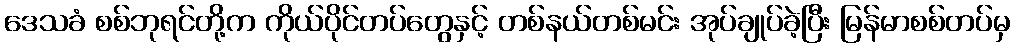
ဒေသခံ စစ်ဘုရင်တို့က ကိုယ်ပိုင်တပ်တွေနှင့် တစ်နယ်တစ်မင်း အုပ်ချုပ်ခဲ့ပြီး မြန်မာစစ်တပ်မှ